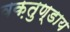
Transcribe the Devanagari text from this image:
वक़तुण्डाय